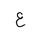
Letter: _ayn